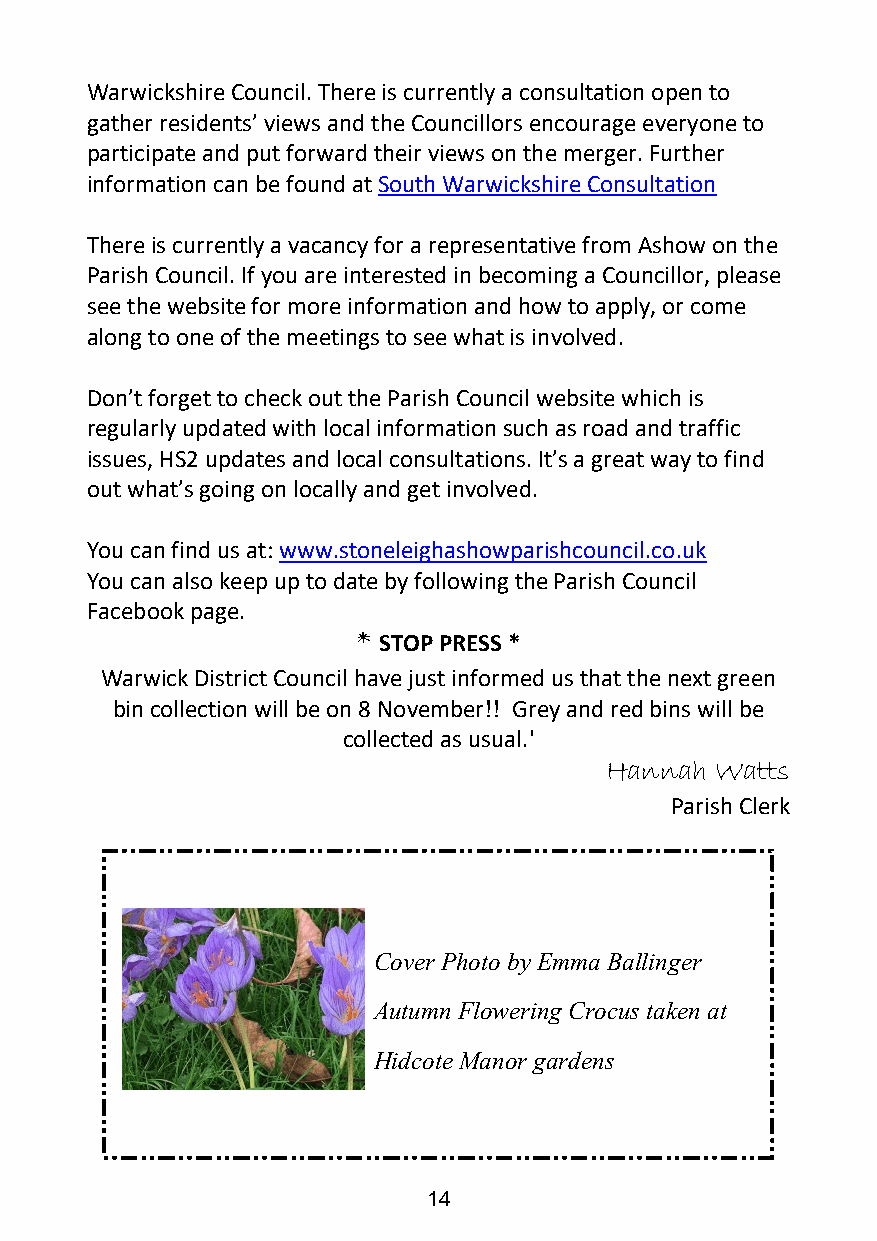
Warwickshire Council. There is currently a consultation open to
 gather residents’ views and the Councillors encourage everyone to
 participate and put forward their views on the merger. Further
 information can be found atSouth Warwickshire Consultation
 There is currently a vacancy for a representative from Ashow on the
 Parish Council. If you are interested in becoming a Councillor, please
 see the website for more information and how to apply, or come
 along to one of the meetings to see what is involved.
 Don’t forget to check out the Parish Council website which is
 regularly updated with local information such as road and traffic
 issues, HS2 updates and local consultations. It’s a great way to find
 out what’s going on locally and get involved.
 You can find us at:www.stoneleighashowparishcouncil.co.uk
 You can also keep up to date by following the Parish Council
 Facebook page.
 STOP PRESS *
 Warwick District Council have just informed us that the next green
 bin collection will be on 8 November!! Grey and red bins will be
 collected as usual.'
 Hannah Watts
 Parish Clerk
 Cover Photo by Emma Ballinger
 Autumn Flowering Crocus taken at
 Hidcote Manor gardens
 14